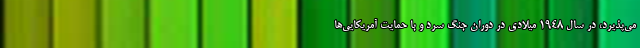
می‌پذیرد، در سال ۱۹۴۸ میلادی در دوران جنگ سرد و با حمایت آمریکایی‌ها